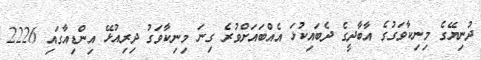
ދުނިޔޭގެ މިނިކާވަގުގެ އާބާދީގެ ދެބައިކުޅަ އެއްބައަށްވުރެ ގިނަ މިނިކާވަގު ދިރިއުޅޭ އިންޑިއާގައި 2226